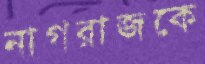
নাগরাজকে